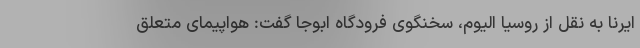
ایرنا به نقل از روسیا الیوم، سخنگوی فرودگاه ابوجا گفت: هواپیمای متعلق